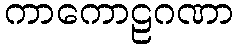
ကာကောဠဂဏာ